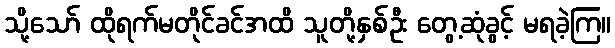
သို့သော် ထိုရက်မတိုင်ခင်အထိ သူတို့နှစ်ဦး တွေ့ဆုံခွင့် မရခဲ့ကြ။